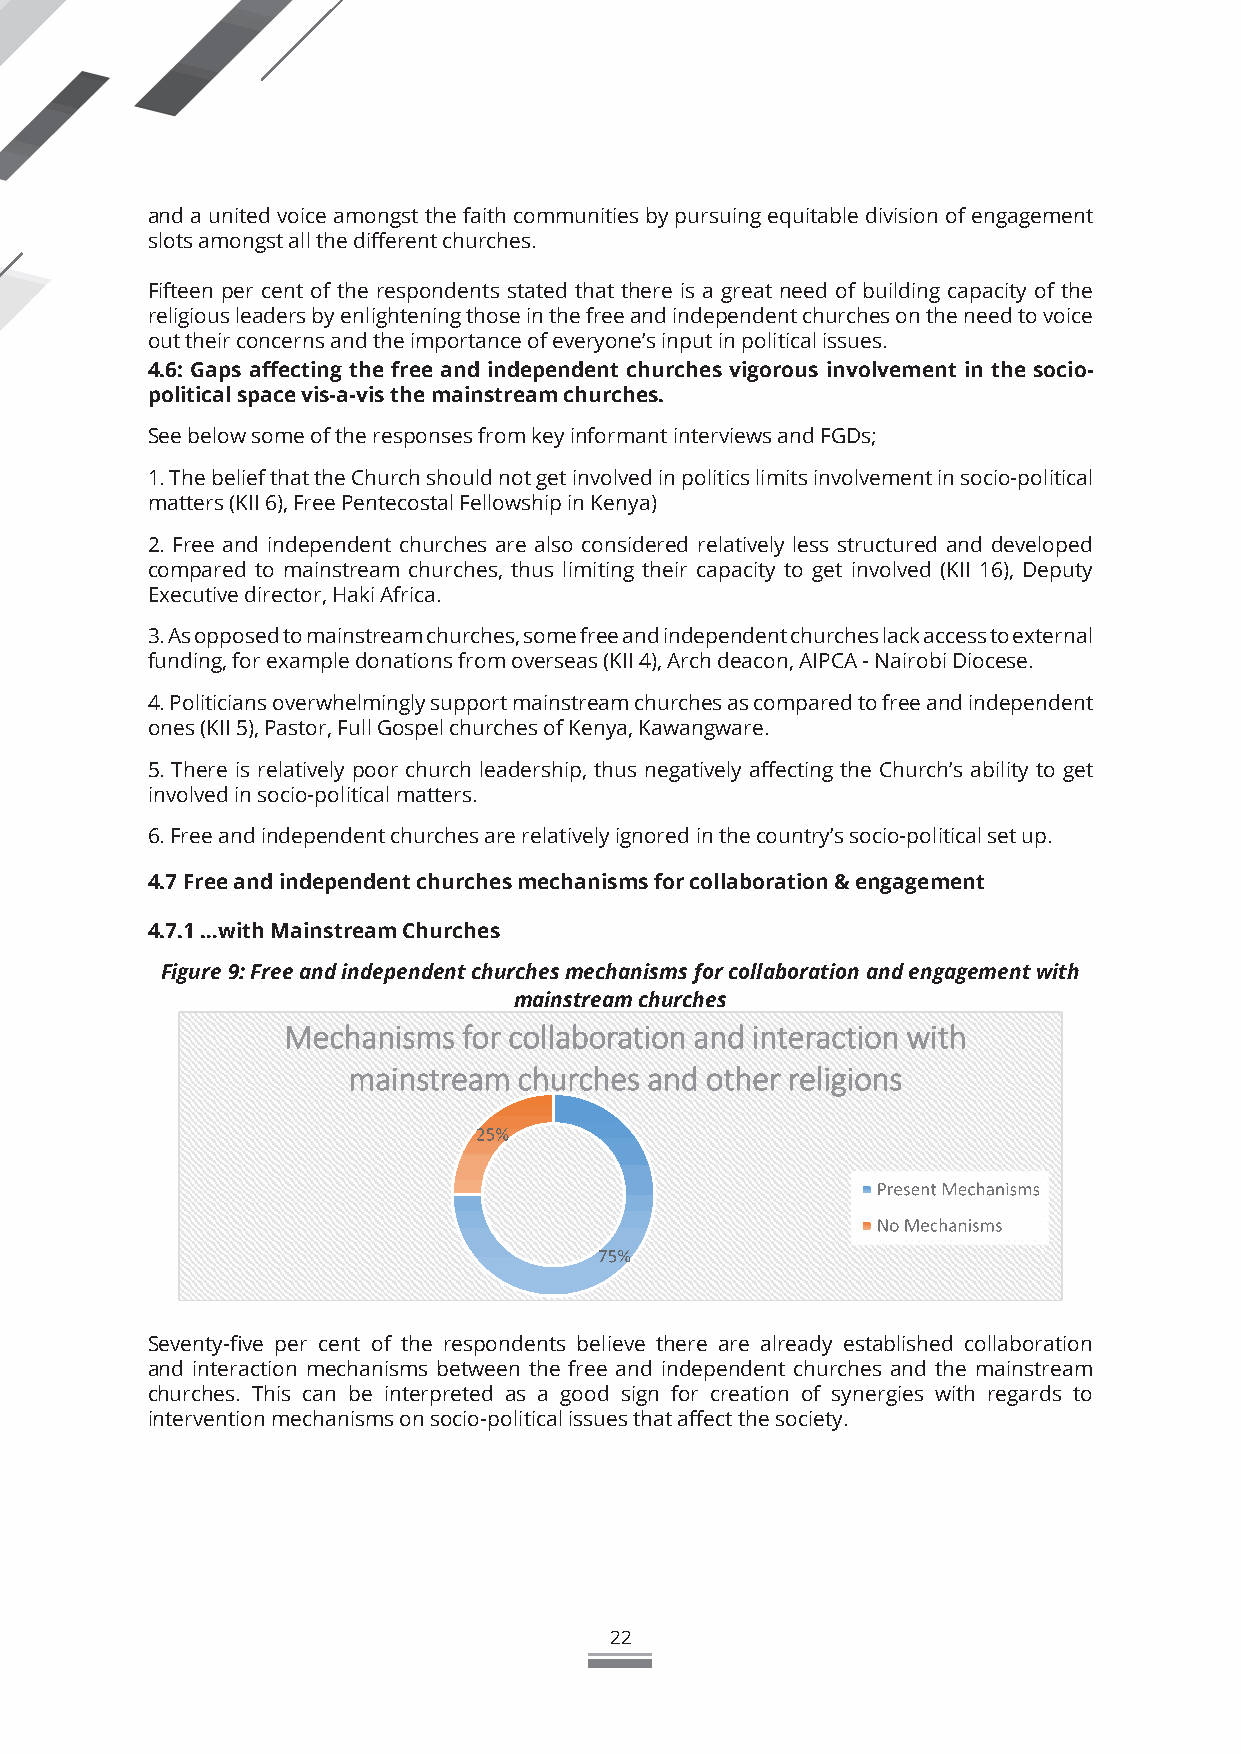
and a united voice amongst the faith communities by pursuing equitable division of engagement
 slots amongst all the different churches.
 Fifteen per cent of the respondents stated that there is a great need of building capacity of the
 religious leaders by enlightening those in the free and independent churches on the need to voice
 out their concerns and the importance of everyone’s input in political issues.
 4.6: Gaps affecting the free and independent churches vigorous involvement in the socio-
 political space vis-a-vis the mainstream churches.
 See below some of the responses from key informant interviews and FGDs;
 1. The belief that the Church should not get involved in politics limits involvement in socio-political
 matters (KII 6), Free Pentecostal Fellowship in Kenya)
 2. Free and independent churches are also considered relatively less structured and developed
 compared to mainstream churches, thus limiting their capacity to get involved (KII 16), Deputy
 Executive director, Haki Africa.
 3. As opposed to mainstream churches, some free and independent churches lack access to external
 funding, for example donations from overseas (KII 4), Arch deacon, AIPCA - Nairobi Diocese.
 4. Politicians overwhelmingly support mainstream churches as compared to free and independent
 ones (KII 5), Pastor, Full Gospel churches of Kenya, Kawangware.
 5. There is relatively poor church leadership, thus negatively affecting the Church’s ability to get
 involved in socio-political matters.
 6. Free and independent churches are relatively ignored in the country’s socio-political set up.
 4.7 Free and independent churches mechanisms for collaboration & engagement
 4.7.1 …with Mainstream Churches
 Figure 9: Free and independent churches mechanisms for collaboration and engagement with
 mainstream churches
 Seventy-five per cent of the respondents believe there are already established collaboration
 and interaction mechanisms between the free and independent churches and the mainstream
 churches. This can be interpreted as a good sign for creation of synergies with regards to
 intervention mechanisms on socio-political issues that affect the society.
 22